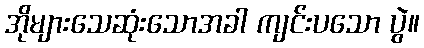
အိုများသေဆုံးသောအခါ ကျင်းပသော ပွဲ။